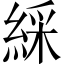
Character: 綵